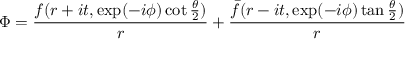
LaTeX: \Phi = { \frac { f ( r + i t , \exp ( - i \phi ) \cot { \frac { \theta } { 2 } } ) } { r } } + { \frac { \bar { f } ( r - i t , \exp ( - i \phi ) \tan { \frac { \theta } { 2 } } ) } { r } }